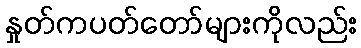
နှုတ်ကပတ်တော်များကိုလည်း